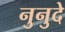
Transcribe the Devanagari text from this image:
नुनुदे